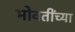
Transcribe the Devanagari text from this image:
भोवतींच्या